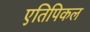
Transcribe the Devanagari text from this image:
एतिपिकल